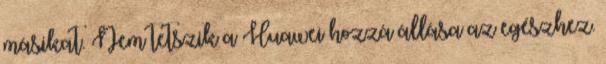
másikat. Nem tetszik a Huawei hozzá állása az egészhez.